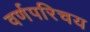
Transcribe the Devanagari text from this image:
वर्णपरिचय